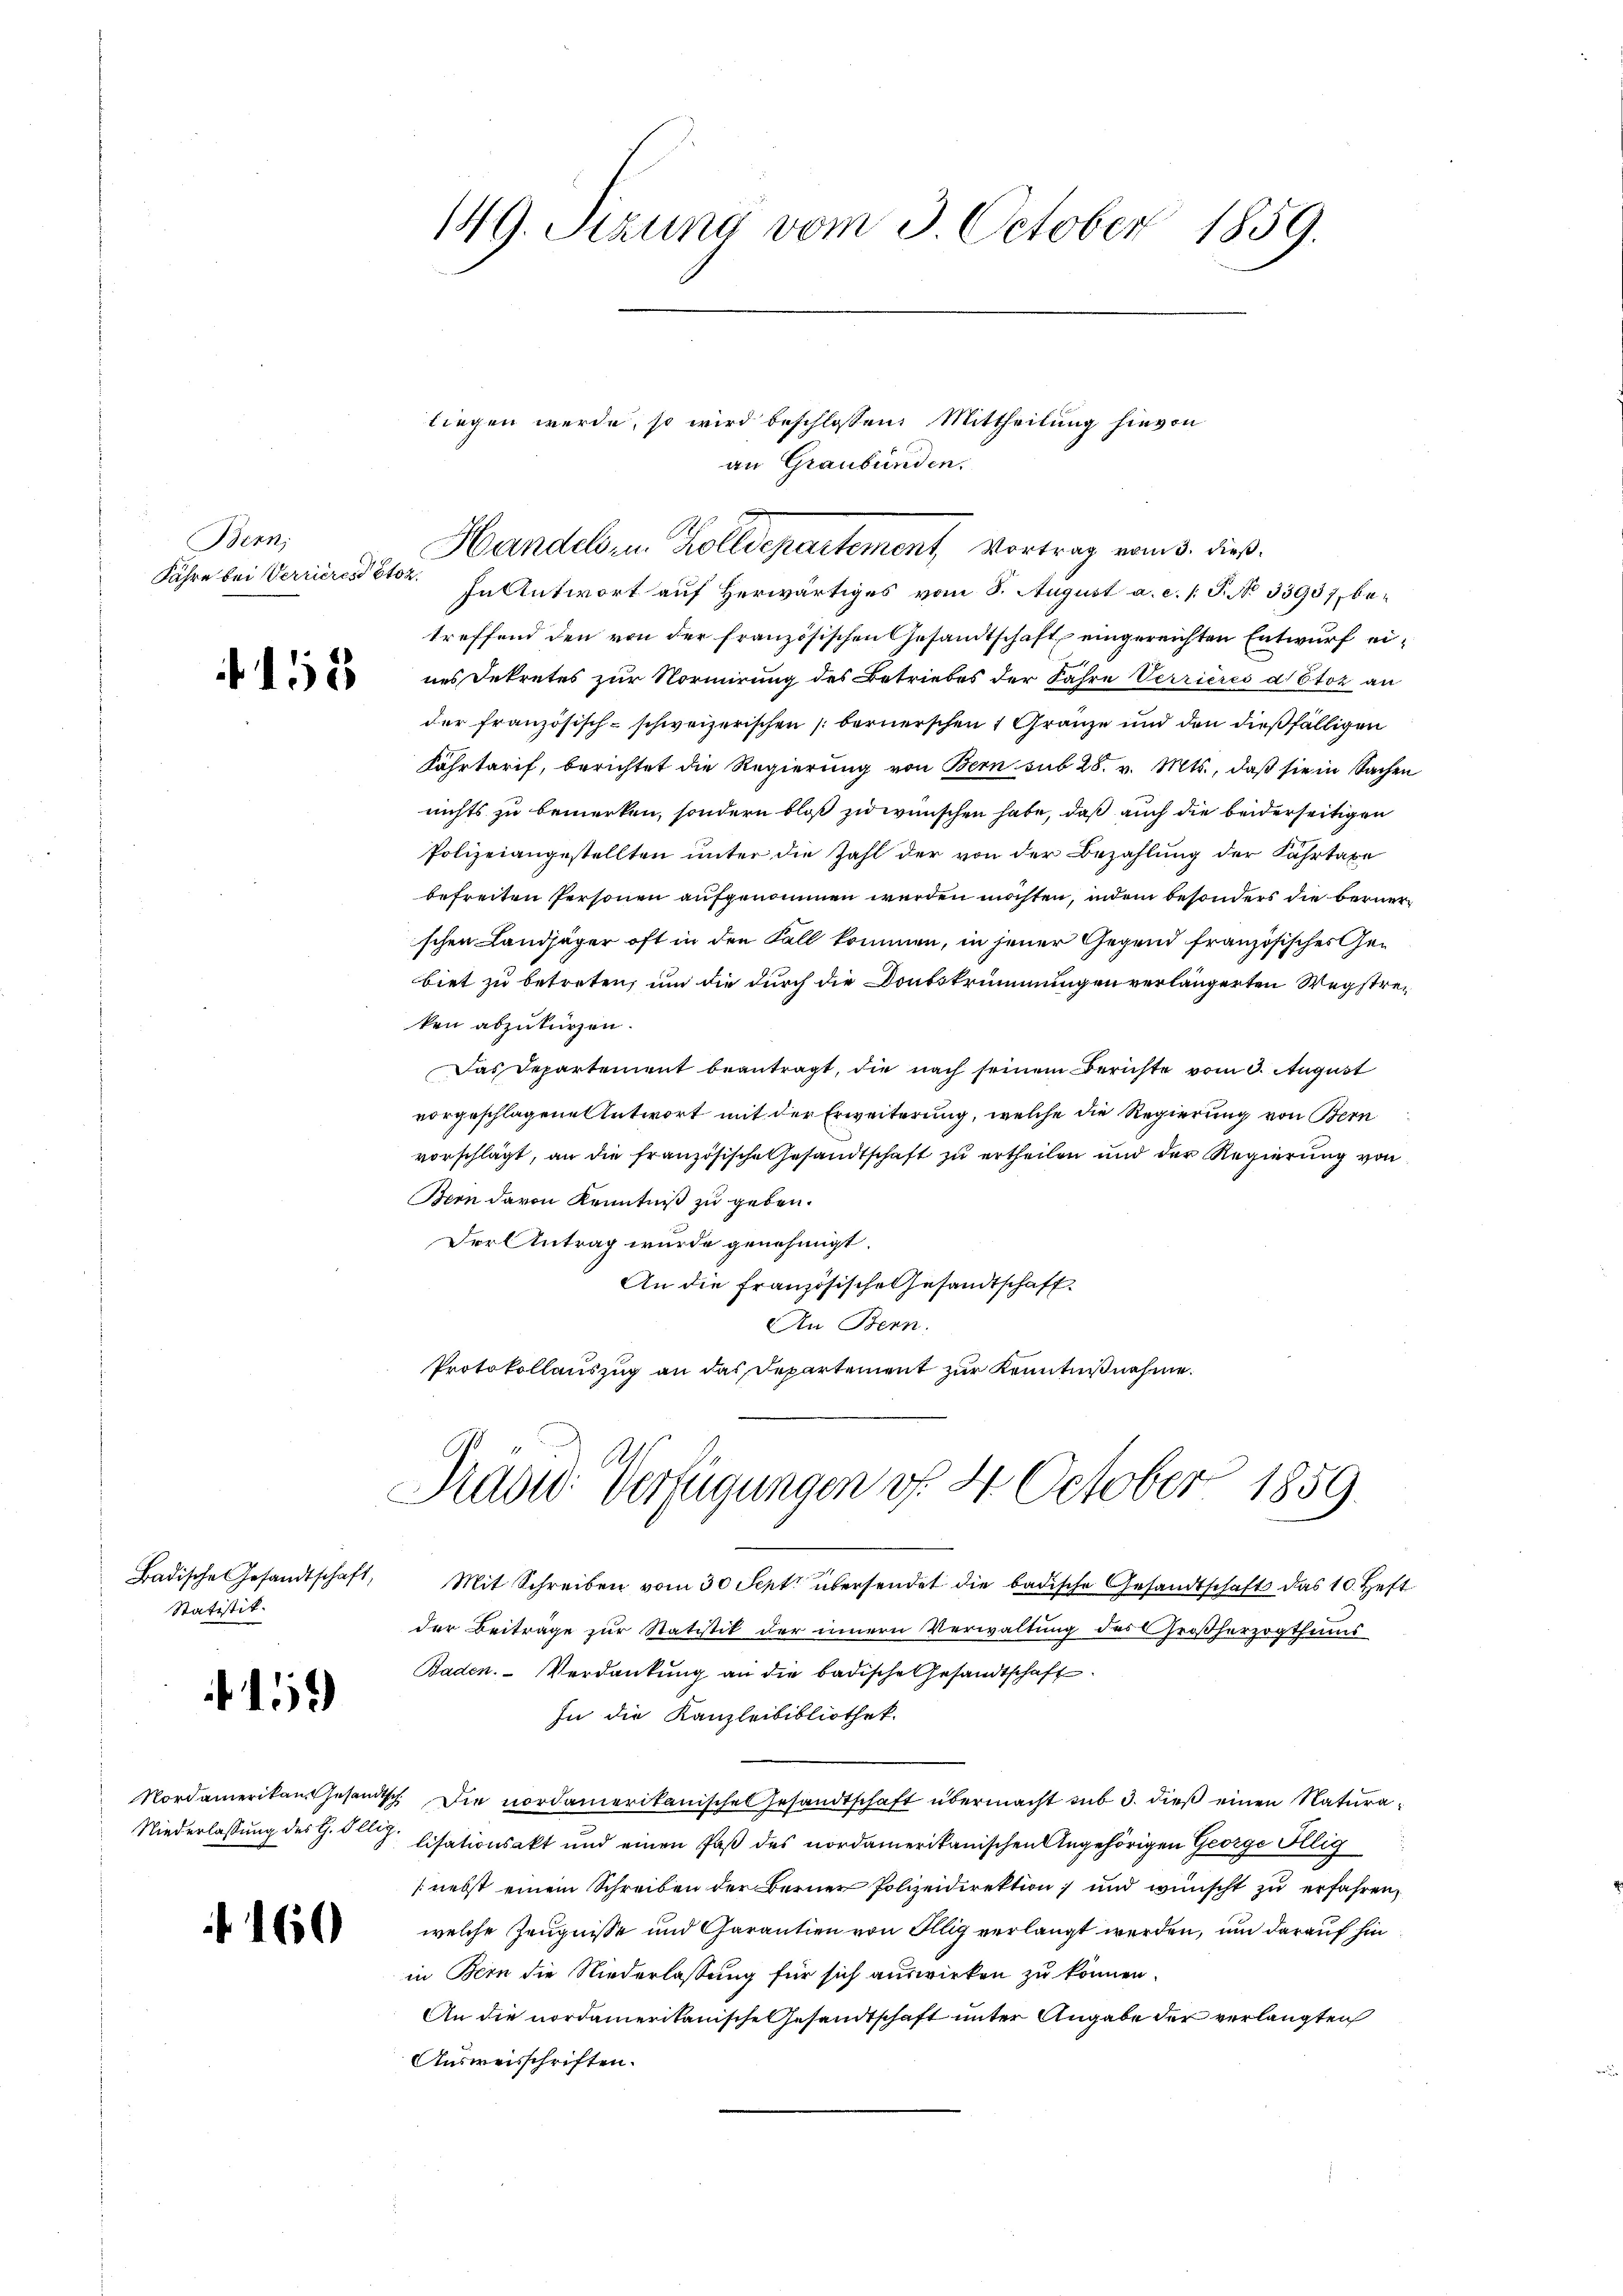
Bern,
Jahre bei Verrieren Stoz

12

Statistit.

2

160

149. Sizung vom 3. October 1859.

liegen werde, so wird beschlossen. Mittheilung hievon
an Graubünden.
Handelsen Zolldepartement, Vortrag vom 3. dieß.

In Antwort auf herwärtiges vom 8. August a. c. /. P. No 33937, betreffend den von der französischen Gesandtschaft, eingereichten Entwurf eines Dekretes zur Normirung des Betriebes der Jahre Verrieres a Stoz an
der französisch-schweizerischen bernerschen 4 Gränze und den dießfälligen
Fahrtarif, berichtet die Regierung von Bern sub 28. v. Mts., daß sie in Sachen
nichts zu bemerken, sondern bloß zu wünschen habe, daß auch die beiderseitigen
Polizeiangestellten unter die Zahl der von der Bezahlung der Fahrtaxe
befreiten Personen aufgenommen werden möchten, indem besonders die Bernerschen Landjäger oft in den Fall kommen, in jener Gegend französisches Gebiet zu betreten, um die durch die Dontstrümmungen verlängerten Wegstreken abzukürzen.
Das Departement beantragt, die nach seinem Berichte vom 3. August
vorgeschlagene Antwort mit der Erweiterung, welche die Regierung von Bern
vorschlägt, an die französische Gesandtschaft zu ertheilen und der Regierung von
Bern davon Kenntniß zu geben.
Der Antrag wurde genehmigt.
An die französische Gesandtschaft
An Bern.
Protokollauszug an das Repartement zur Kenntnißnahme.

Badische Gesandtschaft, Mit Schreiben vom 30 Sept übersendet die badische Gesandtschaft das 10. Heft
der Beiträge zur Statistik der innern Verwaltung des Großherzogthums
Baden. Verdankŭng an die badische Gesandtschaft
In die Kanzleibibliothek.
Nordamerikan Gesandtsch. Die nordamerikanischel Gesandtschaft übermacht sub 3. dieß einen Natura¬
Niederlassung des G. Oll. Cisationsakt und einen Paß des nordamerikanischen Angehörigen George Illig
[nebst einem Schreiben der Berner Polizeidirektion; und wünscht zu erfahren,
welche Zeugnisse und Garantien von Illig verlangt werden, um darauf hin
in Bern die Niederlassung für sich auswirken zu können.
An die nordamerikanische Gesandtschaft unter Angabe der verlangten
Ausweisschriften.

Präsid. Verfügungen v. 4. October 1859.